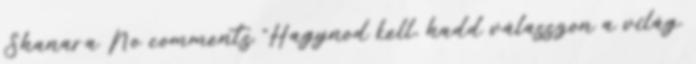
Shanara No comments "Hagynod kell, hadd válasszon a világ.